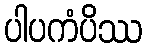
ပါပကံပိဿ